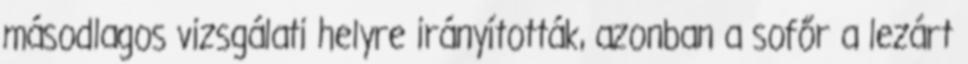
másodlagos vizsgálati helyre irányították, azonban a sofőr a lezárt